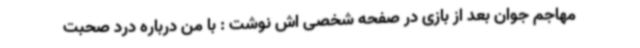
مهاجم جوان بعد از بازی در صفحه شخصی اش نوشت : با من درباره درد صحبت